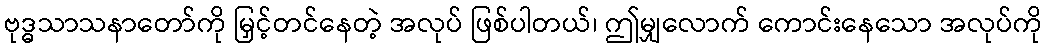
ဗုဒ္ဓသာသနာတော်ကို မြှင့်တင်နေတဲ့ အလုပ် ဖြစ်ပါတယ်၊ ဤမျှလောက် ကောင်းနေသော အလုပ်ကို